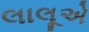
લાલૂએ